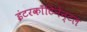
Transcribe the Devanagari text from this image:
इंटरकाँटिनेन्टल